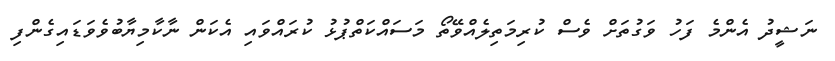
ނަޝީދު އެންމެ ފަހު ވަގުތަށް ވެސް ކުރިމަތިލެއްވޭތޯ މަސައްކަތްޕުޅު ކުރައްވައި އެކަން ނާކާމިޔާބުވެވަޑައިގެންފި